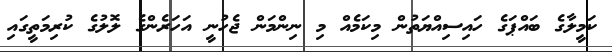
ކަމީލާގެ ބައްޕަގެ ހައިސިއްޔަތުން މިކަމެއް މި ނިންމަން ޖެހުނީ އަހަރެންގެ ލޮލުގެ ކުރިމަތީގައި